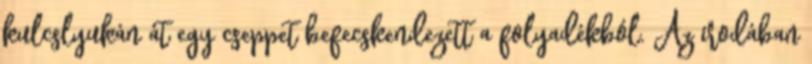
kulcslyukán át egy cseppet befecskendezett a folyadékból. Az irodában